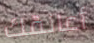
أعانقك